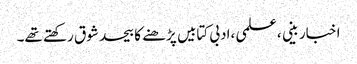
اخبار بینی ،علمی ،ادبی کتابیں پڑھنے کا بیحد شوق رکھتے تھے۔